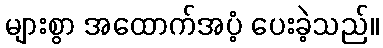
များစွာ အထောက်အပံ့ ပေးခဲ့သည်။